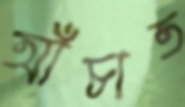
আঁচাত